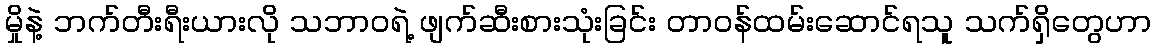
မှိုနဲ့ ဘက်တီးရီးယားလို သဘာဝရဲ့ ဖျက်ဆီးစားသုံးခြင်း တာဝန်ထမ်းဆောင်ရသူ သက်ရှိတွေဟာ